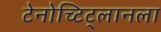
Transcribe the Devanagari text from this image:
टेनोच्टिट्लानला